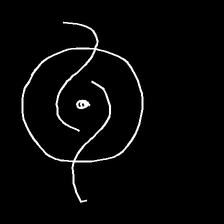
Glyph: repetition